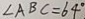
\angle A B C = 6 4 ^ { \circ }